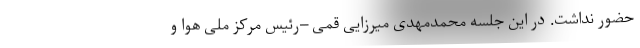
حضور نداشت. در این جلسه محمدمهدی میرزایی قمی –رئیس مرکز ملی هوا و